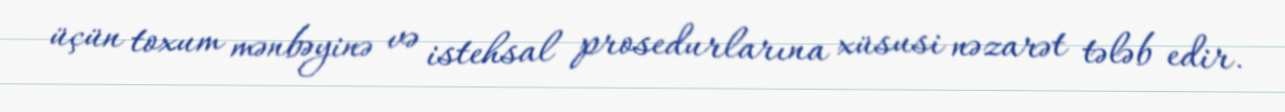
üçün toxum mənbəyinə və istehsal prosedurlarına xüsusi nəzarət tələb edir.